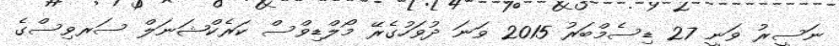
ނަސީރު ވަނީ 27 ޑިސެމްބަރު 2015 ވަނަ ދުވަހުގެރޭ މޯލްޑިވްސް ކަރެކްޝަނަލް ސަރވިސްގެ